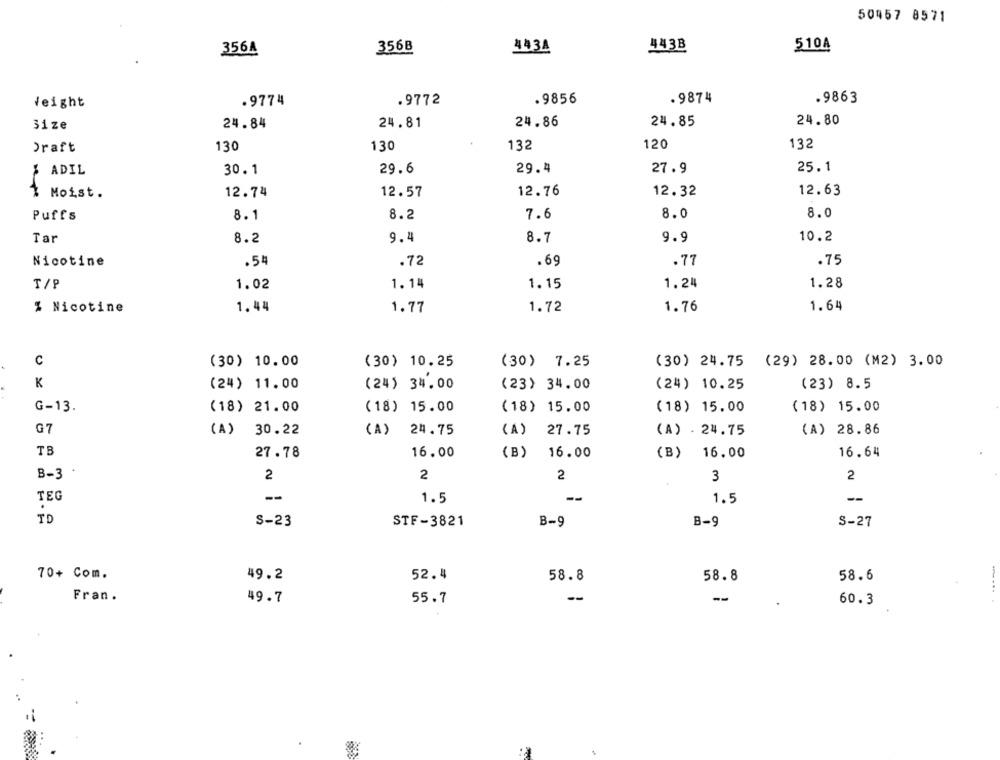
50457 8571
4438
510A
356A
356B
443A
.9772
. 9856
. 9874
.9863
Veight
.9774
24.86
24.80
31ze
24.84
24.81
24.85
132
120
132
Draft
130
130
29.6
29.4
27.9
25.1
$ ADIL
30.1
12.63
Moist.
12.74
12.57
12.76
12.32
8.0
8.0
Puffs
8.1
8.2
7.6
Tar
8.2
9.4
8.7
9.9
10.2
Nicotine
.54
.72
.69
.77
.75
T/P
1.02
1.14
1.15
1.24
1.28
1.64
% Nicotine
1.44
1.77
1.72
1.76
C
(30) 10.00
(30) 10.25
(30) 7.25
(30) 24.75 (29) 28.00 (M2) 3.00
K
(24) 11.00
(24) 34.00
(23) 34.00
(24) 10.25
(23) 8.5
G-13.
(18) 21.00
(18) 15.00
(18) 15.00
(18) 15.00
(18) 15.00
G7
(A) 30.22
(A)
24.75
(A)
27.75
(A) . 24.75
(A) 28.86
TB
27.78
16.00
(B)
16.00
(B)
16.00
16.64
B-3
2
2
2
3
2
--
TEG
1.5
1.5
--
TD
S-23
STF-3821
B-9
B-9
S-27
70+ Com.
49.2
52.4
58.8
58.8
58.6
Fran.
49.7
55.7
--
--
60.3